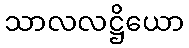
သာလလဋ္ဌိယော